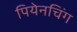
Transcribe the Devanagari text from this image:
पियेनचिंग